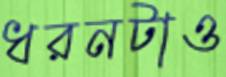
ধরনটাও